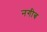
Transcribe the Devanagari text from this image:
नगीब